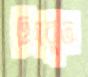
হিযবুত